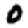
Digit: 0